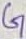
Text: G